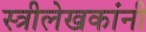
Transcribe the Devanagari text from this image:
स्त्रीलेखकांनी